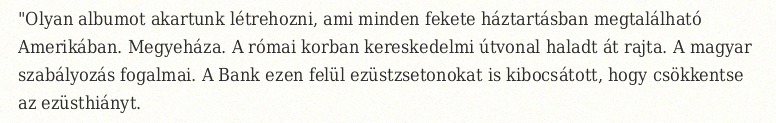
"Olyan albumot akartunk létrehozni, ami minden fekete háztartásban megtalálható Amerikában. Megyeháza. A római korban kereskedelmi útvonal haladt át rajta. A magyar szabályozás fogalmai. A Bank ezen felül ezüstzsetonokat is kibocsátott, hogy csökkentse az ezüsthiányt.